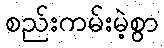
စည်းကမ်းမဲ့စွာ